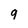
Character: 9